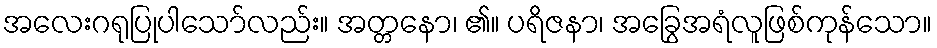
အလေးဂရုပြုပါသော်လည်း။ အတ္တနော၊ ၏။ ပရိဇနာ၊ အခြွေအရံလူဖြစ်ကုန်သော။